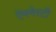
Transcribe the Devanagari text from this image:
ऍमनेस्टी